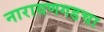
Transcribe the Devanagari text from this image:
नारायणगडचा